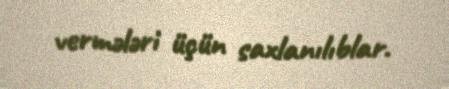
vermələri üçün saxlanılıblar.